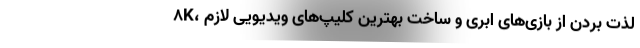
8K، لذت بردن از بازی‌های ابری و ساخت بهترین کلیپ‌های ویدیویی لازم